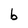
Character: b